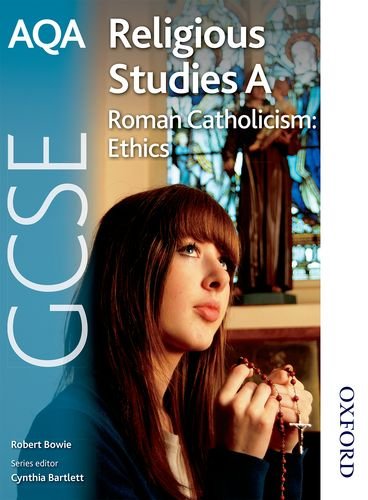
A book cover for AQA GCSE Religious Studies A Roman Catholicism Ethics; Robert A Bowie; Teen & Young Adult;